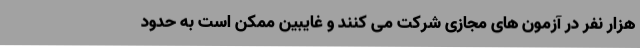
هزار نفر در آزمون های مجازی شرکت می کنند و غایبین ممکن است به حدود